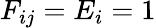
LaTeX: F_{ij}=E_{i}=1